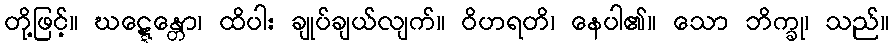
တို့ဖြင့်။ ဃဋ္ဋေန္တော၊ ထိပါး ချုပ်ချယ်လျက်။ ဝိဟရတိ၊ နေပါ၏။ သော ဘိက္ခု၊ သည်။